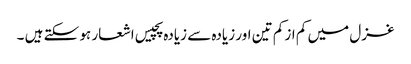
غزل میں کم از کم تین اور زیادہ سے زیادہ پچیس اشعار ہو سکتے ہیں ۔